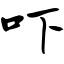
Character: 吓